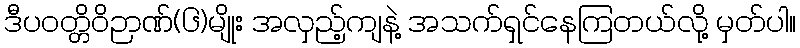
ဒီပဝတ္တိဝိဉာဏ်(၆)မျိုး အလှည့်ကျနဲ့ အသက်ရှင်နေကြတယ်လို့ မှတ်ပါ။